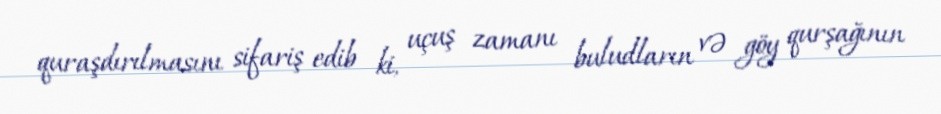
quraşdırılmasını sifariş edib ki, uçuş zamanı buludların və göy qurşağının